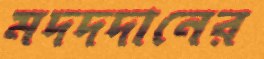
মদদদানের